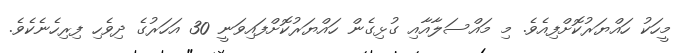
މީހަކު ހައްޔަރުކޮށްފިއެވެ. މި މައްސަލާއާއި ގުޅިގެން ހައްޔަރުކޮށްފައިވަނީ 30 އަހަރުގެ ދިވެހި ފިރިހެނެކެވެ.